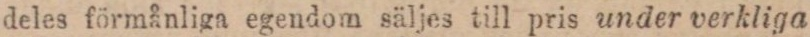
deles förmånliga egendom säljes till pris under verkliga